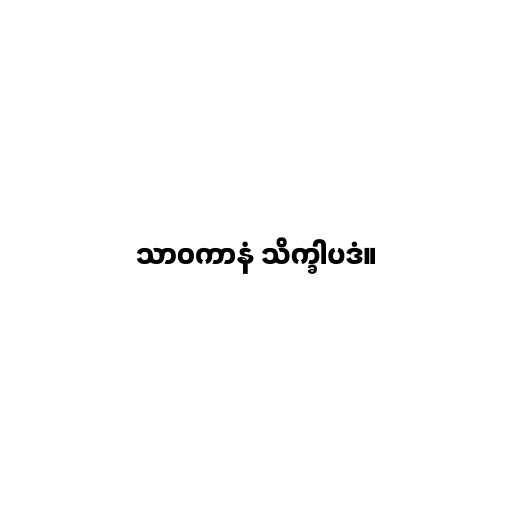
သာဝကာနံ သိက္ခါပဒံ။